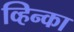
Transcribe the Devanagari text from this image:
व्हिन्का